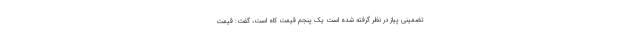
تضمینی پیاز در نظر گرفته شده است یک پنجم قیمت کاه است، گفت: قیمت